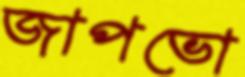
জাপভো